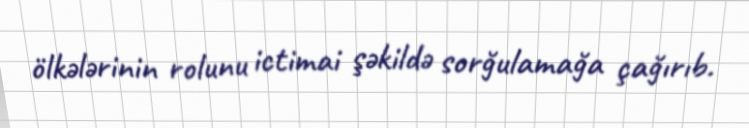
ölkələrinin rolunu ictimai şəkildə sorğulamağa çağırıb.